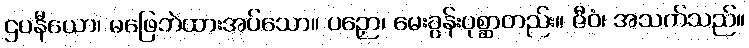
ဌပနီယော၊ မဖြေဘဲထားအပ်သော။ ပဉှော၊ မေးခွန်းပုစ္ဆာတည်း။ ဇီဝံ၊ အသက်သည်။